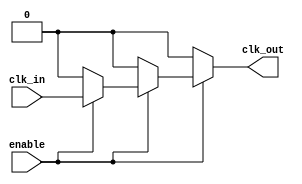
module ClockTreeBuffer (
    input wire clk_in,          // Input clock signal
    input wire enable,          // Enable signal for power management
    output wire clk_out         // Output clock signal
);

    // Parameters for buffer stages
    parameter NUM_STAGES = 3;   // Number of buffer stages
    parameter BUFFER_SIZE = 2;   // Buffer size (drive strength)

    // Internal signals
    wire [NUM_STAGES-1:0] clk_buf; // Buffer outputs

    // Generate clock buffers hierarchically
    genvar i;
    generate
        for (i = 0; i < NUM_STAGES; i = i + 1) begin : buffer_stage
            if (i == 0) begin
                // First stage directly drives from input clock
                assign clk_buf[i] = enable ? clk_in : 1'b0; // Enable functionality
            end else begin
                // Subsequent stages drive from previous stage
                assign clk_buf[i] = enable ? (clk_buf[i-1] ^ BUFFER_SIZE) : 1'b0; // Example logic for buffer
            end
        end
    endgenerate

    // Final output clock
    assign clk_out = clk_buf[NUM_STAGES-1];

endmodule